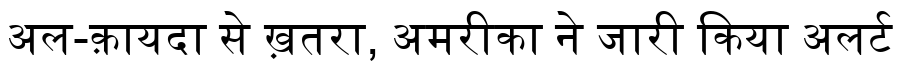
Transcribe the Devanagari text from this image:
अल-क़ायदा से ख़तरा, अमरीका ने जारी किया अलर्ट